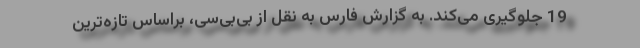
19 جلوگیری می‌کند. به گزارش فارس به نقل از بی‌بی‌سی، براساس تازه‌ترین